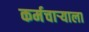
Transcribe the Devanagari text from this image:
कर्मचाऱ्याला